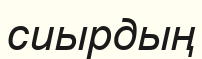
сиырдың